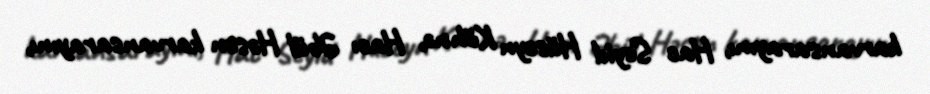
karvansarayını, Hac Seyid Hüseyn Köhnə, Hacı Əbül Həsən karvansarayını,